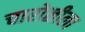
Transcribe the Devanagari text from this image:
चारोळीला